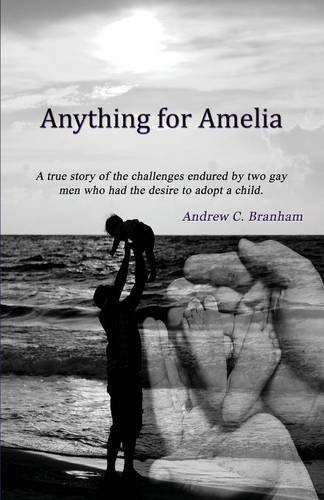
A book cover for Anything For Amelia; Andrew C Branham; Gay & Lesbian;